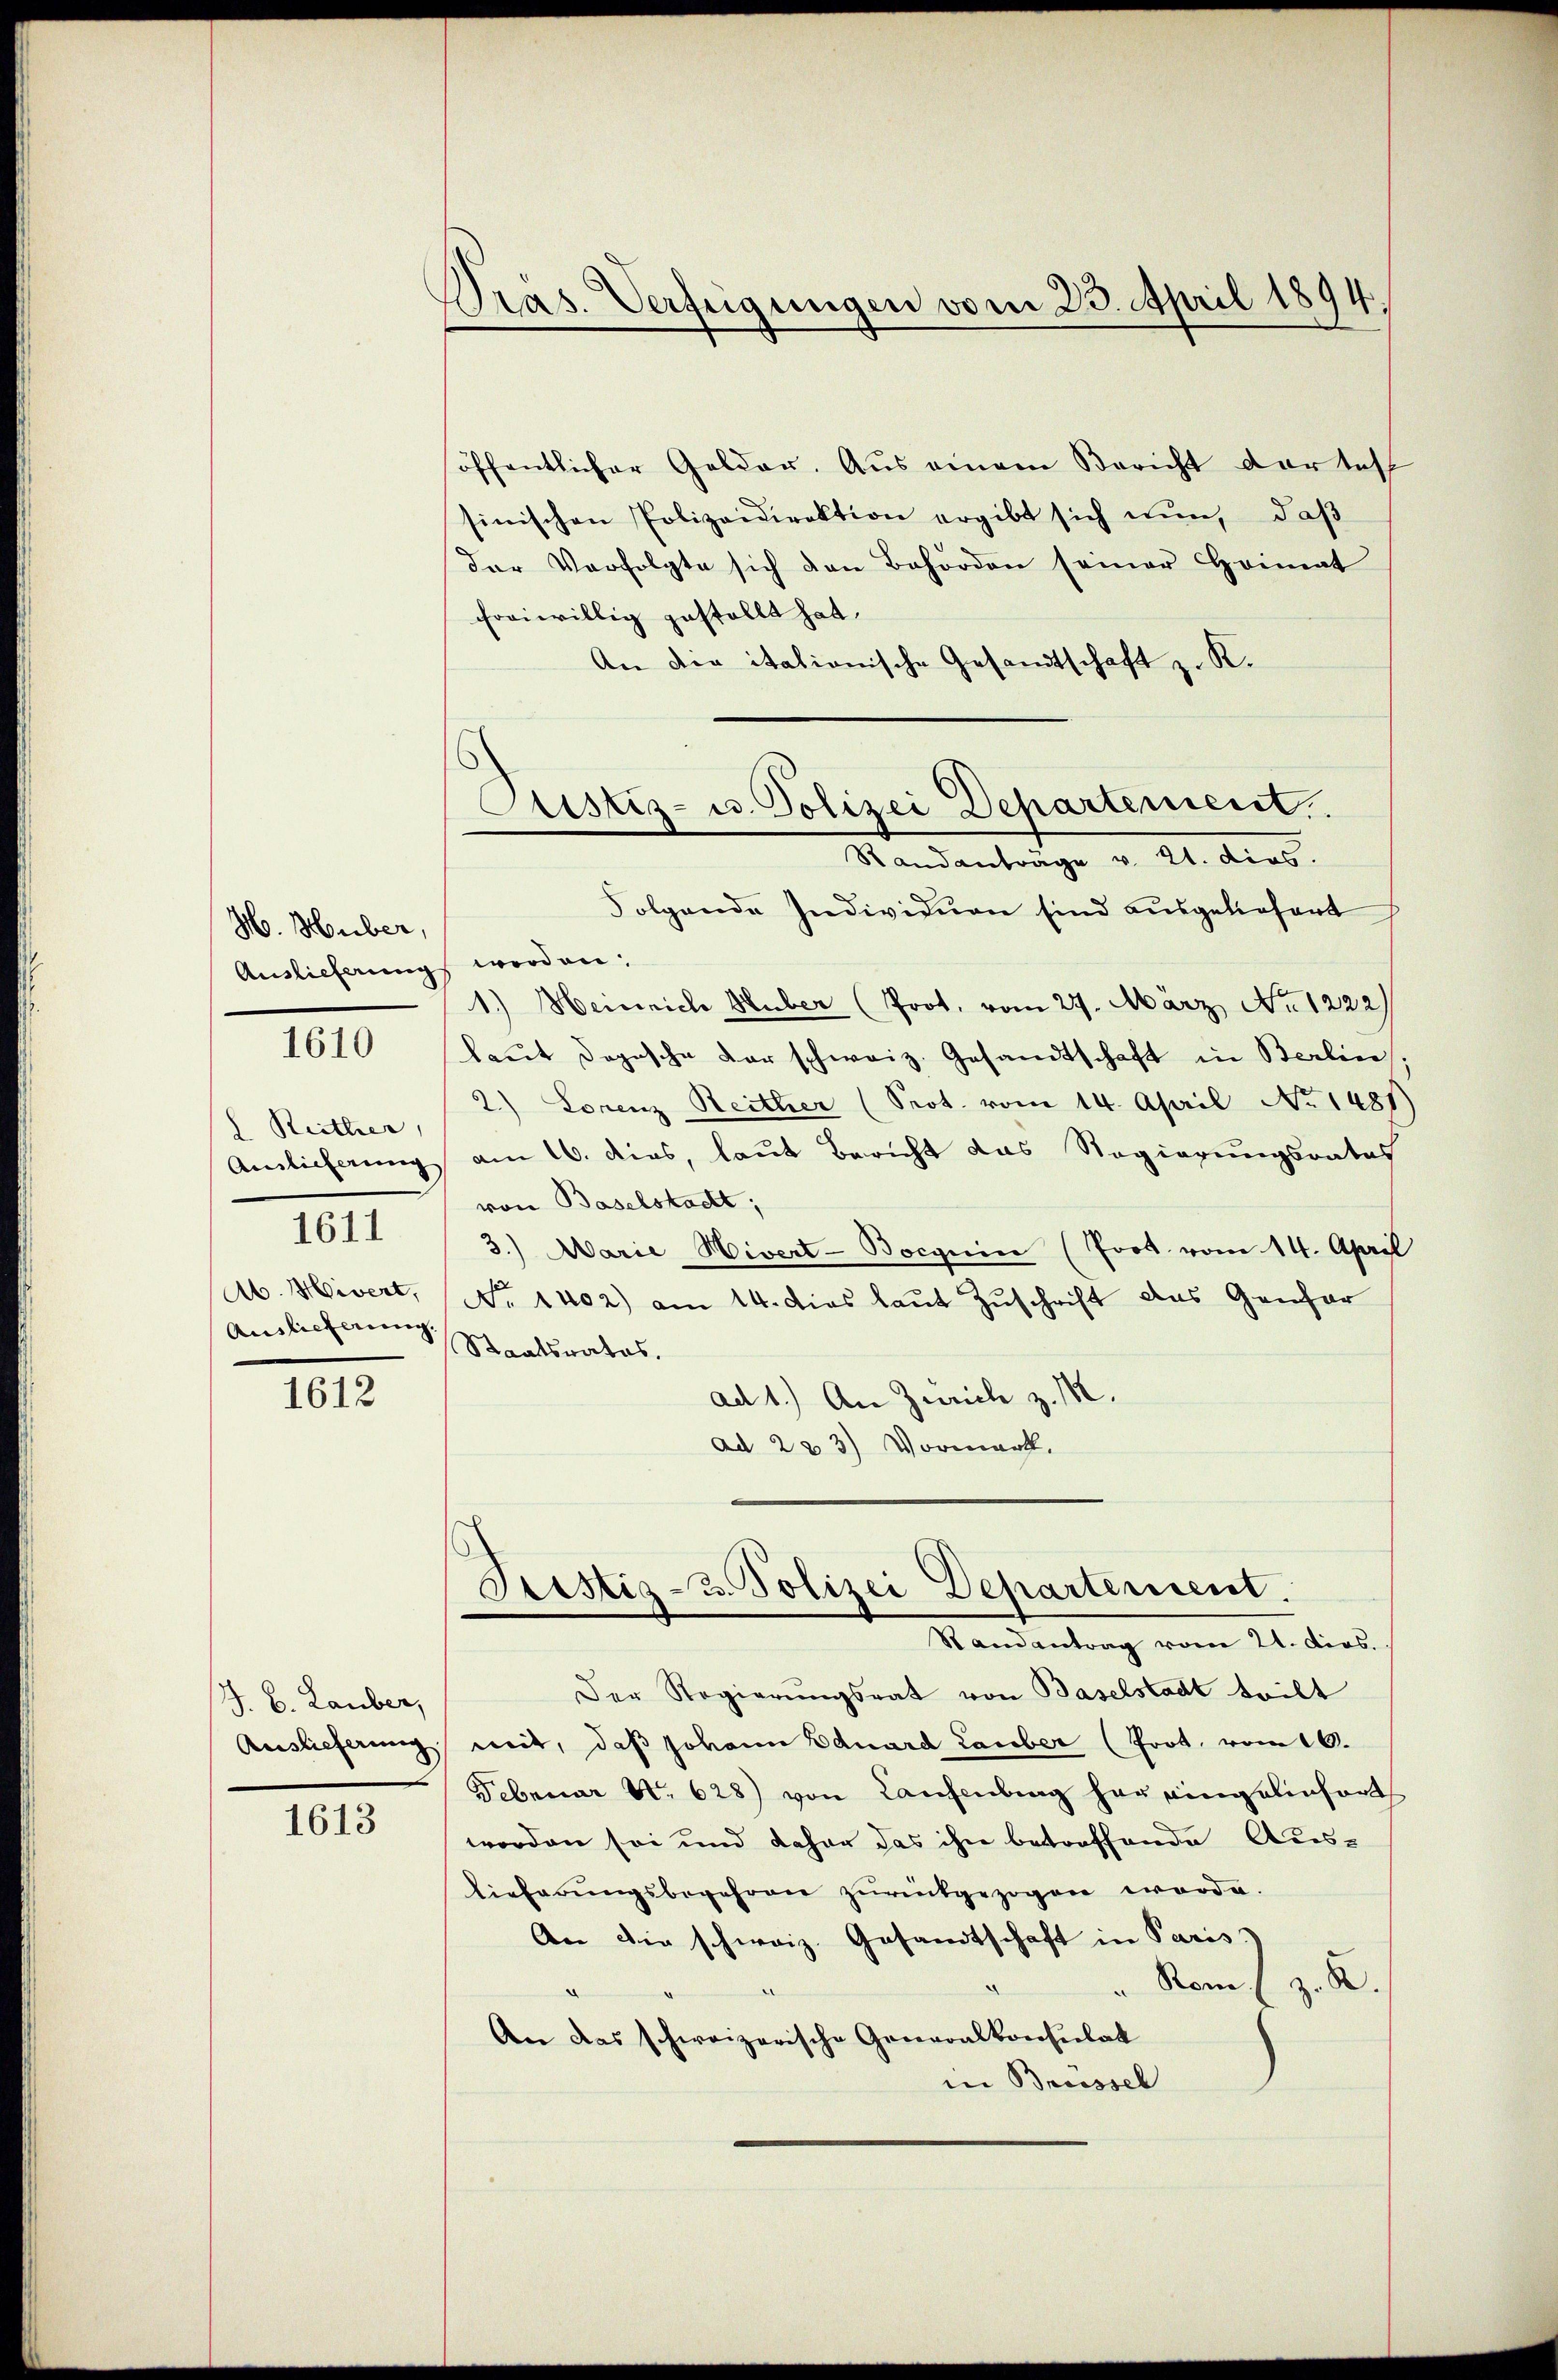
H. Huber,
Auslieferung

1610

Reither,
Auslieferung
1611
Ab. Hivert,
Auslieferung.

1612

J. B. Lauber,
Auslieferung

1613

Dras. Verfügungen vom 23. April 1894.

Justiz- u. Polizei Departement.
Randantrage v. 21. dies.

öffentlicher Gelder. Aus einem Bericht der test
sinischen Polizeidirektion ergibt sich nun, daß
der Verfolgte sich den Behörden seiner Heimat
crriwillig gestellt hat.
An die itationische Gesandtschaft z. K.
Folgende Individuen sind ausgeliefert
werden:
1.) Heinrich Huber (Prot. vom 27. März No. 1222)
laŭt Dopische der schweiz. Gesandtschaft in Berlin.
2) Lorenz Reither (Prot. vom 14. April No 1481)
am 16. dies, laut Bericht das Regierungsrates
von Baselstadt;
3.) Marie Mivert-Bocguin (Prot. vom 14. April
No 1402) am 14. dies laut Zuschrift das Genfor
Staatsrates.
ad 1.) An Zürich z. M.
ad 223) Vormarck.

Sistig- u. Polizei Departement.
Randantrag vom 21. ders.

Der Regierungsrat von Baselstadt teilt
mit, daß Johann Eduard Lauber (Prot. vom 16.
Februar N. 628) von Laufenburg her eingelinfort
worden sei und daher das ihre betreffende Aus-
lieferŭngsbegehren zŭrückgezogen worde.
An die schweiz. Gesandtschaft in Paris
" Rom
R.
An das schweizerische Generalkonsulat
in Bruessel